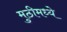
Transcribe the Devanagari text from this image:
मुठीमध्ये